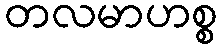
တလမာဟစ္စ